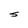
Character: S